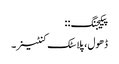
پیکیجنگ: :
ڈھول ، پلاسٹک کنٹینر۔